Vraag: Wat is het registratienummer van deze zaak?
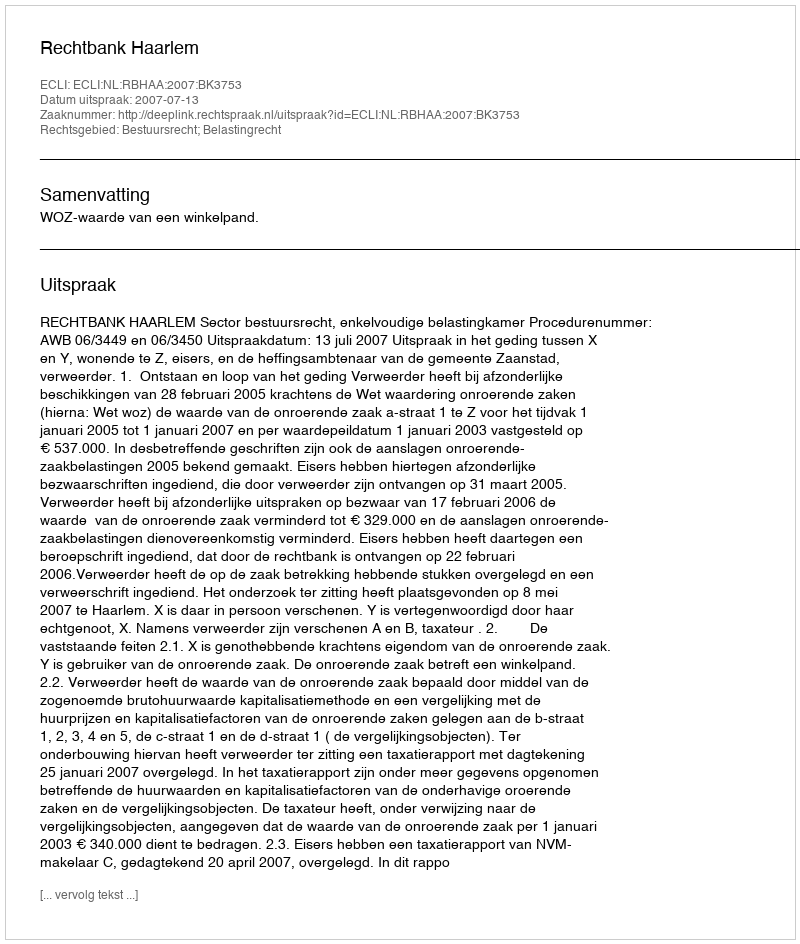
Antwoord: http://deeplink.rechtspraak.nl/uitspraak?id=ECLI:NL:RBHAA:2007:BK3753